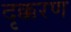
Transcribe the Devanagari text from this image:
दृक्करण